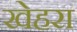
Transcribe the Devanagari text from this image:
खेहरा